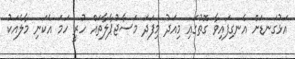
އަޅުގަނޑަށް އެނގިފައިވާ ގޮތުގައި މިއަދު މިފަދަ މަސާޖުޕާލާތައް ހުރީ ހަމަ އެކަނި މާލެއަކު